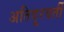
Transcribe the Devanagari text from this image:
अतिदूरवर्ती